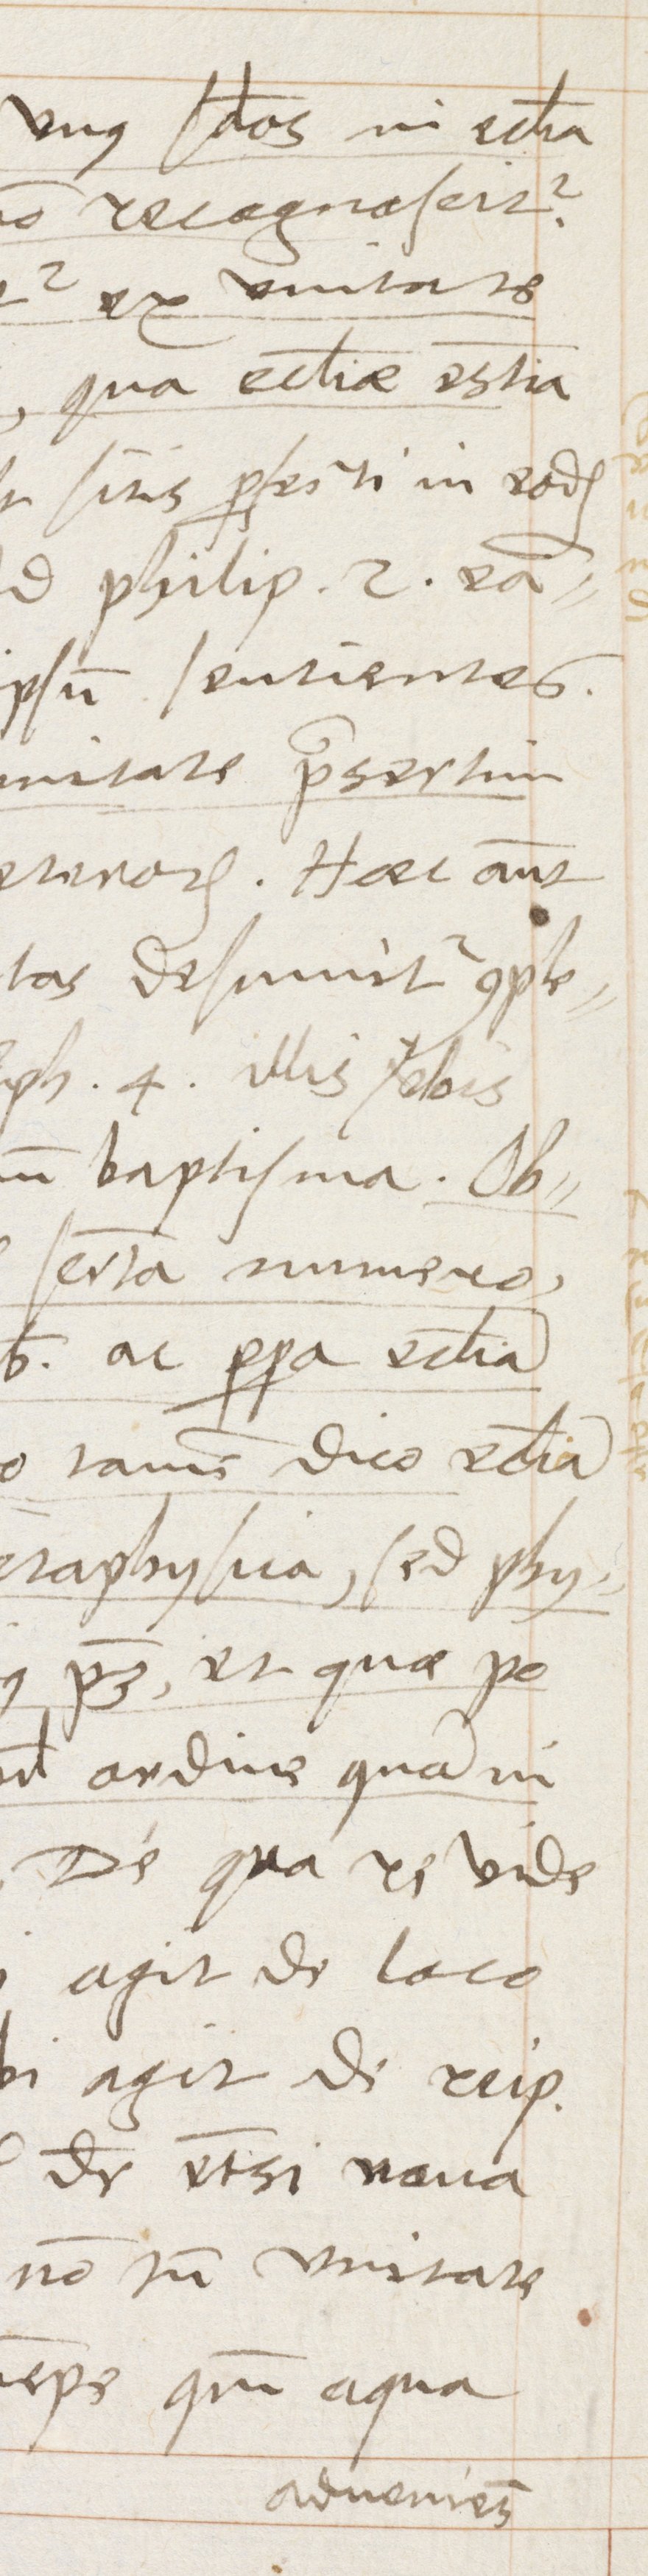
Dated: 1570–1570